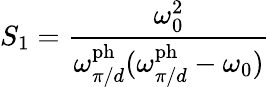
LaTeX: S_{1}=\frac{\omega_{0}^{2}}{\omega_{\pi/d}^{\mathrm{ph}}(\omega_{\pi/d}^{\mathrm{ph}}-\omega_{0})}